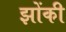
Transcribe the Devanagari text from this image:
झोंकी